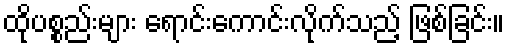
ထိုပစ္စည်းများ ရောင်းကောင်းလိုက်သည့် ဖြစ်ခြင်း။